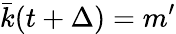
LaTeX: \bar{k}(t+\Delta)=m^{\prime}